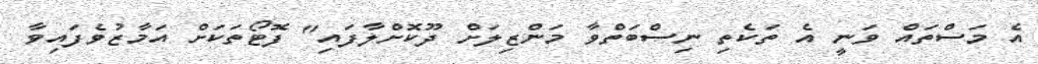
އެ މަސްތައް ވަނީ އެ ތަކެތި ނިސްބަތްވާ މަންޒިލަށް ދޫކޮށްލާފައި" ފޮޓޯތަކަށް އަމާޒުވެފައިވާ